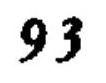
\(93\)